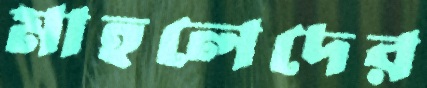
মাহলেদের